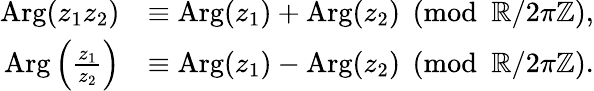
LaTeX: {\begin{array}{rl}{\operatorname{Arg}(z_{1}z_{2})}&{\equiv\operatorname{Arg}(z_{1})+\operatorname{Arg}(z_{2}){\pmod{\mathbb{R}/2\pi\mathbb{Z}}},}\\ {\operatorname{Arg}\left({\frac{z_{1}}{z_{2}}}\right)}&{\equiv\operatorname{Arg}(z_{1})-\operatorname{Arg}(z_{2}){\pmod{\mathbb{R}/2\pi\mathbb{Z}}}.}\end{array}}